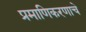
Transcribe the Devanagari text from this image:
प्रमाणिकरणाचे